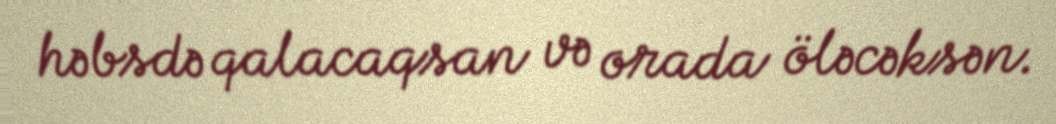
həbsdə qalacaqsan və orada öləcəksən.